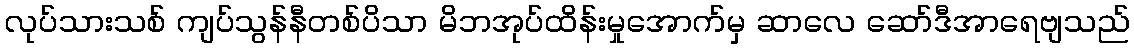
လုပ်သားသစ် ကျပ်သွန်နီတစ်ပိသာ မိဘအုပ်ထိန်းမှုအောက်မှ ဆာလေ ဆော်ဒီအာရေဗျသည်